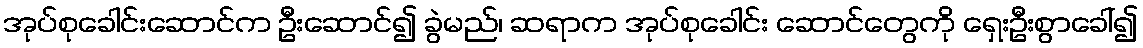
အုပ်စုခေါင်းဆောင်က ဦးဆောင်၍ ခွဲမည်၊ ဆရာက အုပ်စုခေါင်း ဆောင်တွေကို ရှေးဦးစွာခေါ်၍